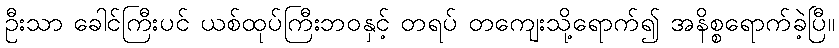
ဦးသာ ခေါင်ကြီးပင် ယစ်ထုပ်ကြီးဘဝနှင့် တရပ် တကျေးသို့ရောက်၍ အနိစ္စရောက်ခဲ့ပြီ။